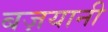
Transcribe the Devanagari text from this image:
बज़यानी